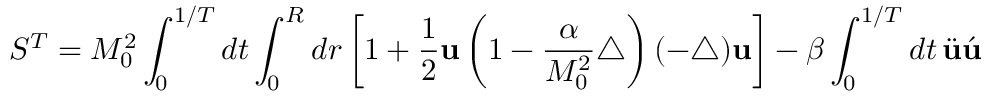
S ^ { T } = M _ { 0 } ^ { 2 } \int _ { 0 } ^ { 1 / T } d t \int _ { 0 } ^ { R } d r \left[ 1 + \frac { 1 } { 2 } { \bf u } \left( 1 - \frac { \alpha } { M _ { 0 } ^ { 2 } } \triangle \right) ( - \triangle ) { \bf u } \right] - \beta \int _ { 0 } ^ { 1 / T } d t \, \ddot { \bf u } \acute { \bf u }